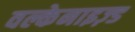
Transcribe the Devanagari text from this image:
वल्केनाइज़्ड